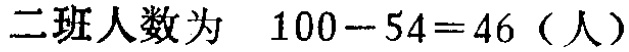
二班人数为 \(100 - 54 = 46\)（人）